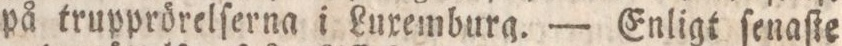
på trupprörelſerna i Luxemburg. — Enligt ſenaſte